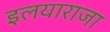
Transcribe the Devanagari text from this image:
इलयाराजा